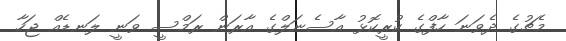
މެޗުގެ ދެވަނަ ހާފްގެ ކުރީކޮޅު އާސެނަލްގެ އާރަން ރަމްސީ ވަނީ ލަނޑެއް ޖަހާ